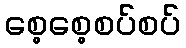
စေ့စေ့စပ်စပ်